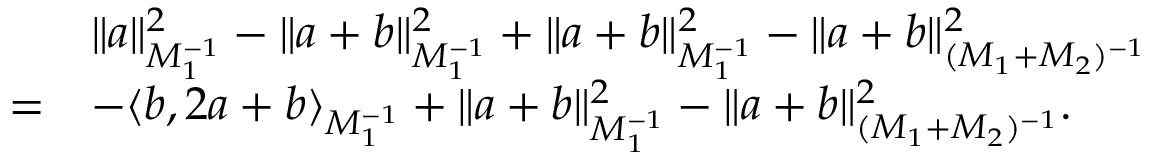
\begin{array} { r l } & { \Vert a \Vert _ { M _ { 1 } ^ { - 1 } } ^ { 2 } - \Vert a + b \Vert _ { M _ { 1 } ^ { - 1 } } ^ { 2 } + \Vert a + b \Vert _ { M _ { 1 } ^ { - 1 } } ^ { 2 } - \Vert a + b \Vert _ { ( M _ { 1 } + M _ { 2 } ) ^ { - 1 } } ^ { 2 } } \\ { = } & { - \langle b , 2 a + b \rangle _ { M _ { 1 } ^ { - 1 } } + \Vert a + b \Vert _ { M _ { 1 } ^ { - 1 } } ^ { 2 } - \Vert a + b \Vert _ { ( M _ { 1 } + M _ { 2 } ) ^ { - 1 } } ^ { 2 } . } \end{array}